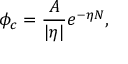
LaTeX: \phi _ { c } = \frac { A } { | \eta | } e ^ { - \eta N } ,